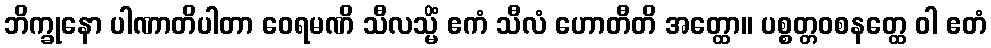
ဘိက္ခုနော ပါဏာတိပါတာ ဝေရမဏိ သီလသ္မိံ ဧကံ သီလံ ဟောတီတိ အတ္ထော။ ပစ္စတ္တဝစနတ္ထေ ဝါ ဧတံ